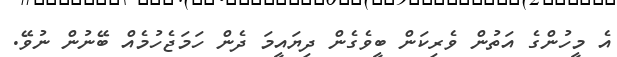
އެ މީހުންގެ އަތުން ވެރިކަން ބީވެގެން ދިޔައީމަ ދެން ހަމަޖެހުމެއް ބޭނުން ނުވޭ.